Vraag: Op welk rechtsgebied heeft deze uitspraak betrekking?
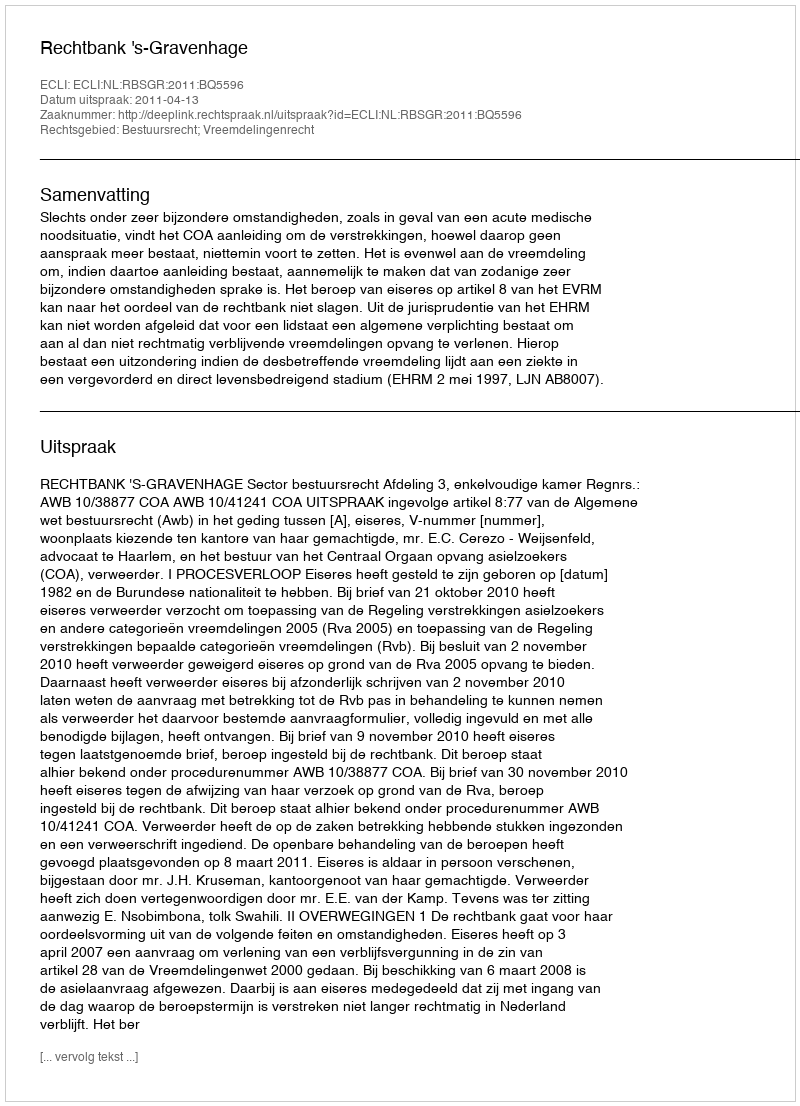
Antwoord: Bestuursrecht; Vreemdelingenrecht